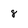
Character: 8